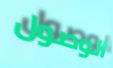
الوصول